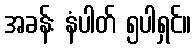
အခန်း နံပါတ် ၅ပါရှင်။